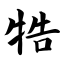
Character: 牿